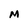
Character: M